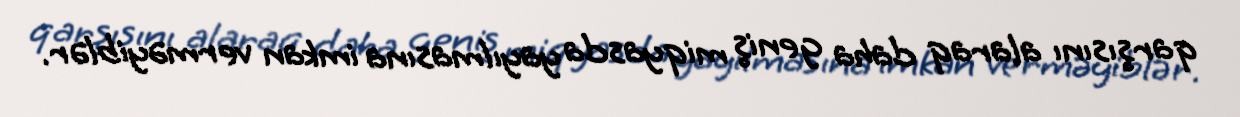
qarşısını alaraq daha geniş miqyasda yayılmasına imkan verməyiblər.